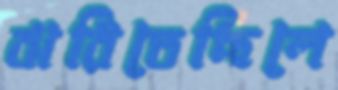
ঝরিতেছিলে